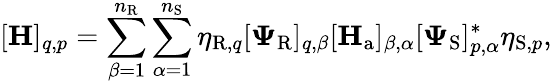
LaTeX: [\mathbf{H}]_{q,p}=\sum_{\beta=1}^{n_{\mathrm{R}}}\sum_{\alpha=1}^{n_{\mathrm{S}}}\eta_{\mathrm{R},q}[\boldsymbol{\Psi}_{\mathrm{R}}]_{q,\beta}[\mathbf{H}_{\mathrm{a}}]_{\beta,\alpha}[\boldsymbol{\Psi}_{\mathrm{S}}]_{p,\alpha}^{*}\eta_{\mathrm{S},p},